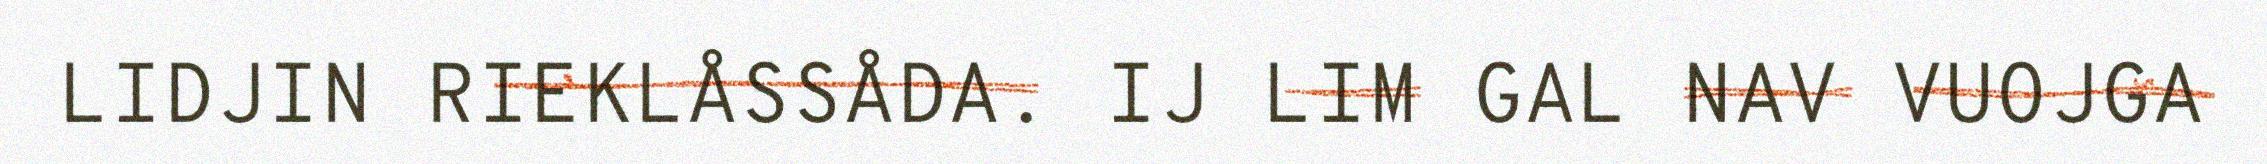
LIDJIN RIEKLÅSSÅDA. IJ LIM GAL NAV VUOJGA